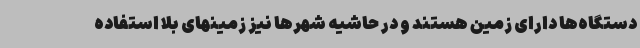
دستگاه‌ها دارای زمین هستند و در حاشیه شهرها نیز زمینهای بلا استفاده